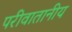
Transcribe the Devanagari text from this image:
परीवातानीय